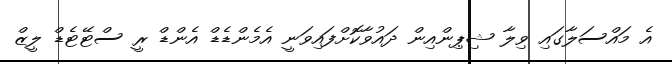
އެ މައްސަލާގައި ވިލާ ޝިޕިންއިން ދައުވާކޮށްފައިވަނީ އެމެންޑެޑް އެންޑް ރީ ސްޓޭޓެޑް ލީޒް